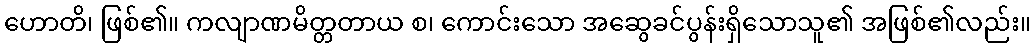
ဟောတိ၊ ဖြစ်၏။ ကလျာဏမိတ္တတာယ စ၊ ကောင်းသော အဆွေခင်ပွန်းရှိသောသူ၏ အဖြစ်၏လည်း။